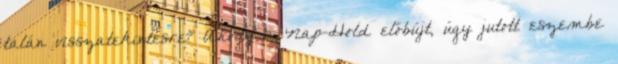
talán visszatekintésre? Ahogy a Nap-Hold előbújt, úgy jutott eszembe